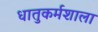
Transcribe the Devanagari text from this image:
धातुकर्मशाला